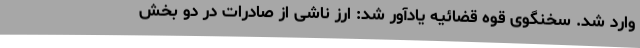
وارد شد. سخنگوی قوه قضائیه یادآور شد: ارز ناشی از صادرات در دو بخش